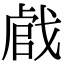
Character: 𢧝